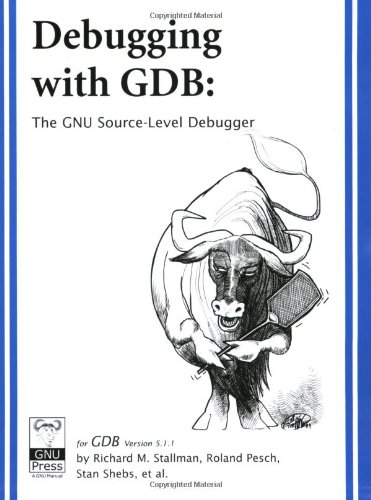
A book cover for Debugging with GDB: The GNU Source-Level Debugger; Richard M. Stallman; Computers & Technology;